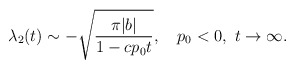
\begin{align*}\lambda_2(t)\sim-\sqrt{\pi|b|\over1-cp_0t},\quad p_0<0,\,\,t\to\infty.\end{align*}